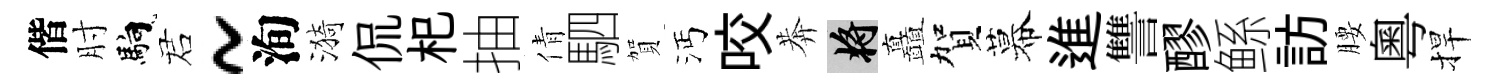
偕肘馿诺~洵漪侃𣏌抽倩駟賀沔咬莾將矗賀幕進讐醪鲧訪腰粵捍